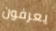
يعرفون